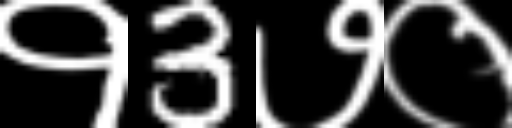
Text: १3७०